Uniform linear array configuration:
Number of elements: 32
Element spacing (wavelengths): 0.5
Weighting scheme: hann
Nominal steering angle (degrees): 0
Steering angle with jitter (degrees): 0.7274
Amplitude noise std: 0.05
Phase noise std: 0.05

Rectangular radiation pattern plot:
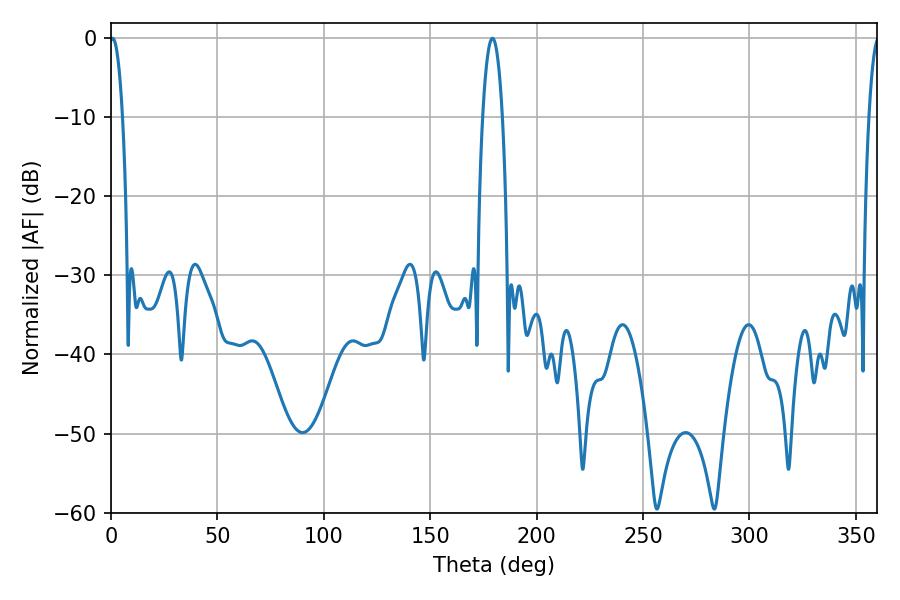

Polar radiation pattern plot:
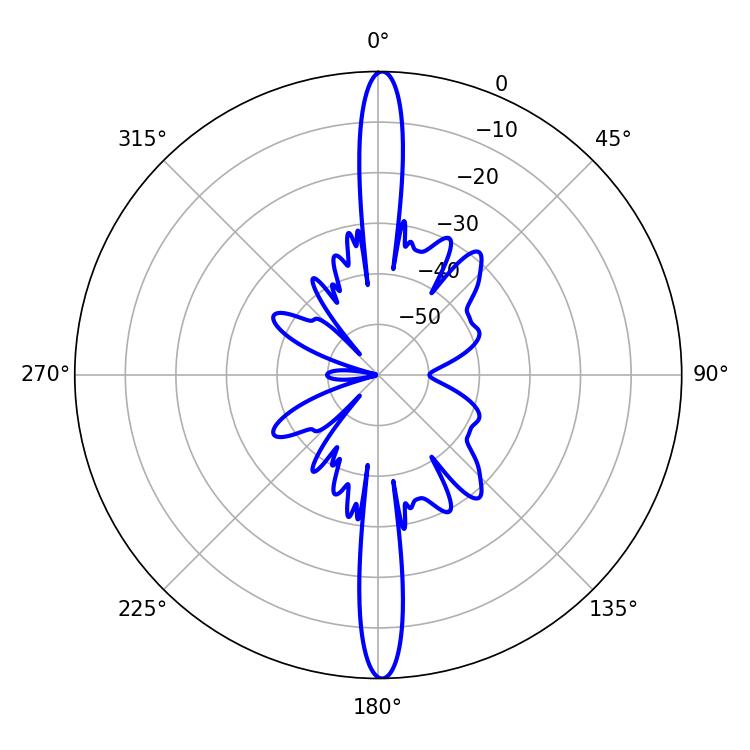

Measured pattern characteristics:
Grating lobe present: FALSE
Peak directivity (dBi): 28.282
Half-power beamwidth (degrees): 3.24
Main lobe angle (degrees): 0.72